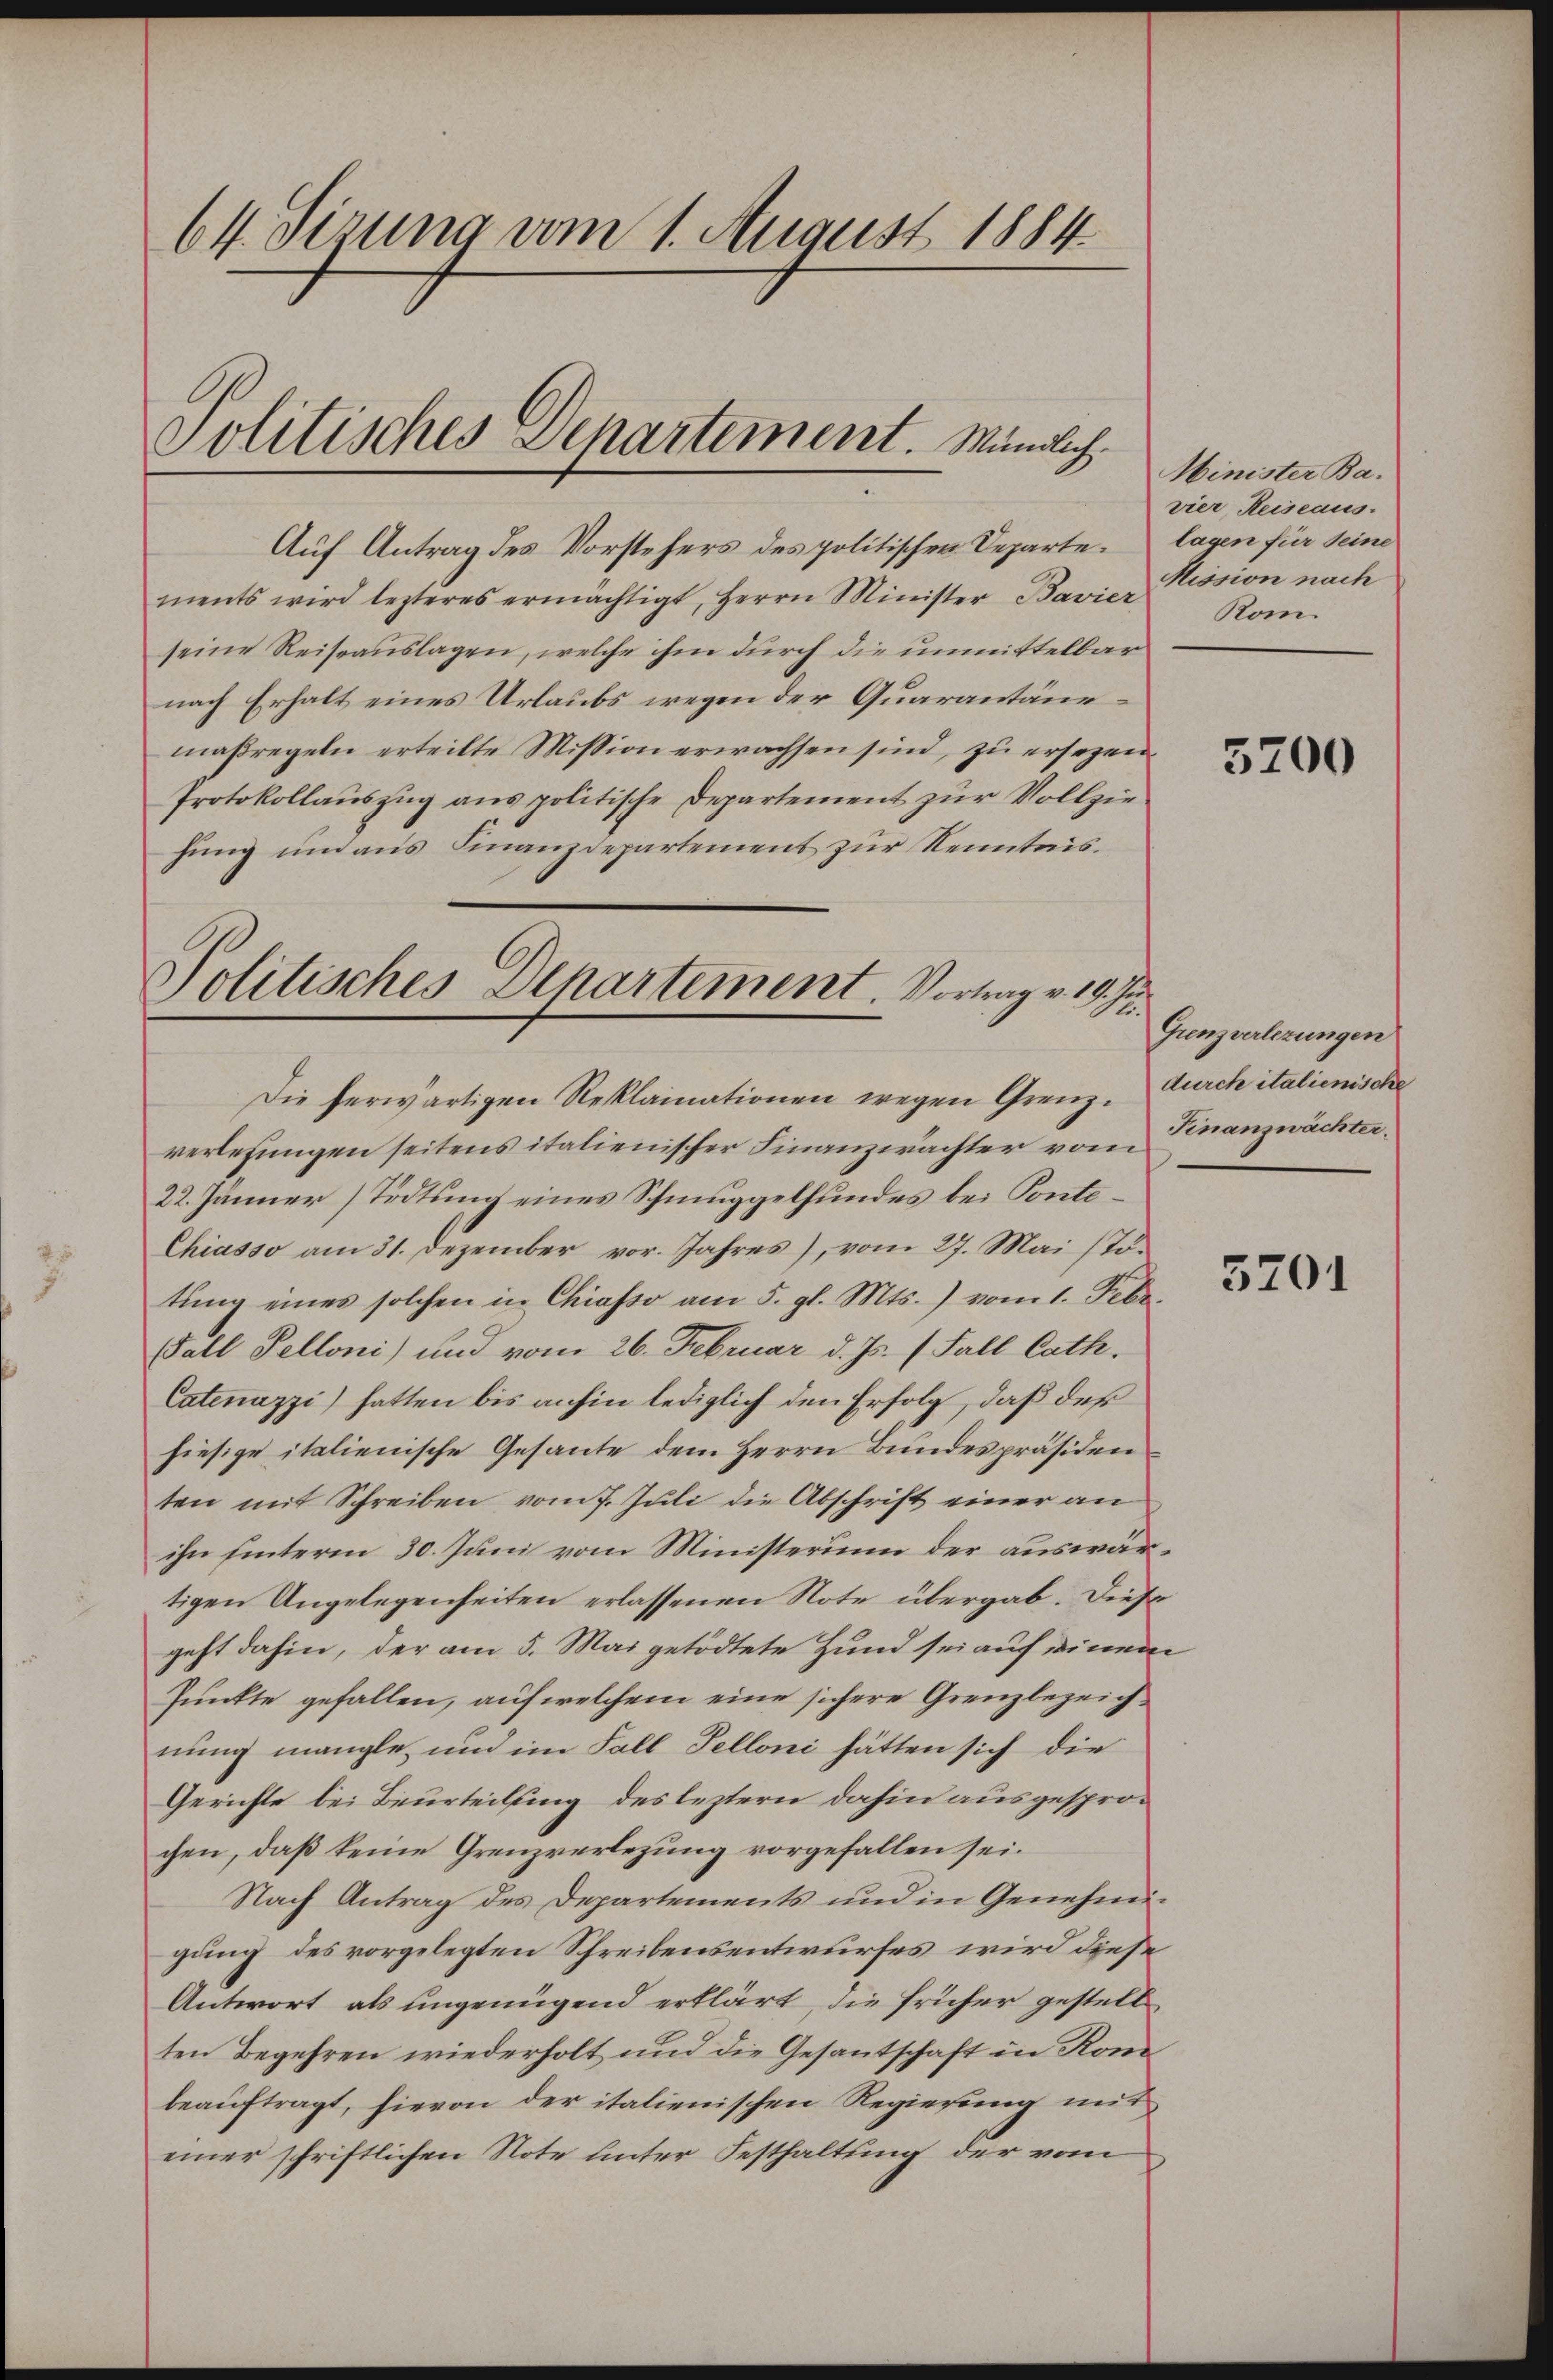
Auf Antrag des Vorstehers des politischen Departements wird lezteres ermächtigt, Herrn Minister Bavie Kission nach
seine Reiseauslagen, welche ihm durch die unmittelbar
nach Erhalt eines Urlaubs wegen der Quarantänemaßregeln erteilte Mission erwachsen sind, zu ersezen
Protokollaŭszŭg ans politische Departement zur Vollzie
hung und aus Finanzdepartement zur Kenntnis¬
Politisches Departement. Vortrag v. 19. J

64. Sizung vom 1. August 1884

Politisches Departement. Mündlich

Die herwärtigen Reklamationen wegen Grenz¬

verlesungen seitens italienischer Finanzwachter vom Finanzwächter¬
22. Jänner Tödtung eines Schmuggelhundes bei Ponte¬
Chiasso am 31. Dezember vor. Jahres), vom 27. Mai (T.
tŭng eines solchen in Chiasso am 5. gl. Mts. vom 1. Febr.
Fall Pelloni) und vom 26. Februar d. Js. (Fall Cath.
Catenuzzi hatten bis anhin lediglich den Erfolg, daß der
hiesige italienische Gesante dem Herrn Bundespräsiden
ten mit Schreiben vom 7. Juli die Abschrift einer an
ihn hinterm 30. Juni vom Ministerium der auswärtigen Angelegenheiten erlassenen Note übergab. Diese
geht dahin, der am 5. Mai getödtete Hund sei auf einem
Punkte gefallen, auf welchem eine sichere Grenzbezeichnung mangle, und im Fall Telloni hätten sich die
Gerichte bei Beurteilung des leztern dahin ausgesprochen, daß keine Grenzverlegung vorgefallen sei.
Nach Antrag des Departements und in Genehmigung des vorgelegten Schreibensentwurfes wird diese
Antwort als ungenügend erklärt, die früher gestell
ten Begehren wiederholt und die Gesantschaft in Kombeauftragt, hievon der italienischen Regierung mit
einer schriftlichen Note unter Festhaltung der vom

Minister Ba
vier, Reiseaus.
lagen für seine
Rom.

5200

Grenz verlegungen
durch italienische

5201